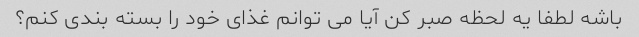
باشه لطفا یه لحظه صبر کن آیا می توانم غذای خود را بسته بندی کنم؟